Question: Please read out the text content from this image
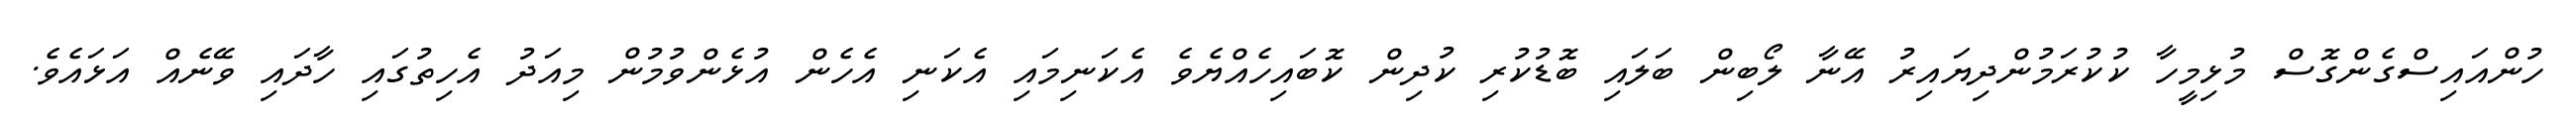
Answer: ހުންއައިސްގެންގޮސް މުޅިމީހާ ކުކުރަމުންދިޔައިރު އޭނާ ލޯބިން ބަލައި ބޮޑުކުރި ކުދިން ކޮބައިހެއްޔެވެ އެކަނިމައި އެކަނި އެހެން އުޅެންވުމުން މިއަދު އެހިތުގައި ހާދައި ވޭނެއް އަޅައެވެ.